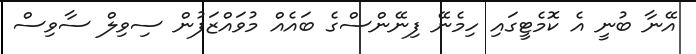
އޭނާ ބުނީ އެ ކޮމެޓީގައި ހިމެނޭ ފިނޭންސްގެ ބައެއް މުވައްޒަފުން ސިވިލް ސާވިސް